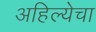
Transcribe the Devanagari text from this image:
अहिल्येचा